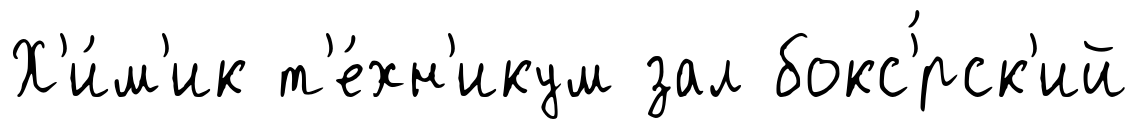
Х'и́м'ик т'е́хн'икум зал бокс'́рск'ий